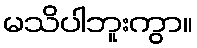
မသိပါဘူးကွာ။